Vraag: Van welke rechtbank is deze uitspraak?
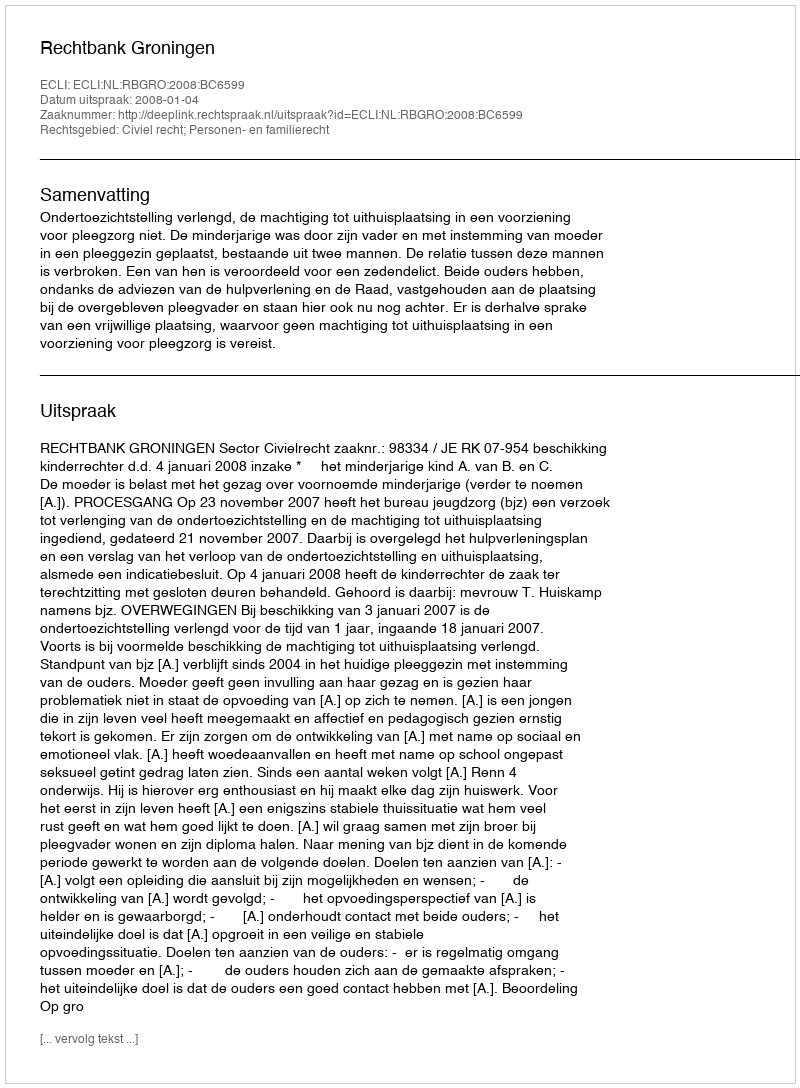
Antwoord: Rechtbank Groningen